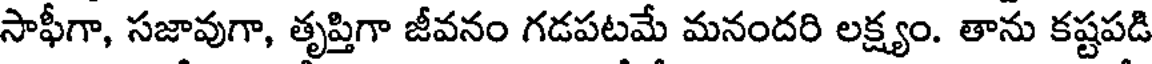
సాఫీగా, సజావుగా, తృప్తిగా జీవనం గడపటమే మనందరి లక్ష్యం. తాను కష్టపడి